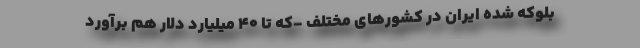
بلوکه شده ایران در کشورهای مختلف -که تا 40 میلیارد دلار هم برآورد